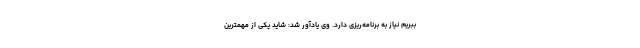
ببریم نیاز به برنامه‌ریزی دارد. وی یادآور شد: شاید یکی از مهمترین